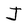
Character: J